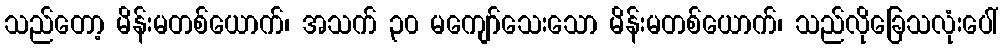
သည်တော့ မိန်းမတစ်ယောက်၊ အသက် ၃၀ မကျော်သေးသော မိန်းမတစ်ယောက်၊ သည်လိုခြေသလုံးပေါ်